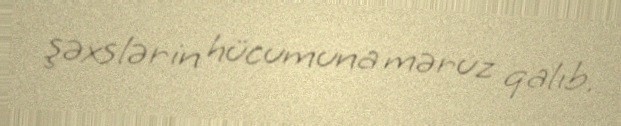
şəxslərin hücumuna məruz qalıb.